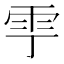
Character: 𩁷